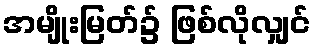
အမျိုးမြတ်၌ ဖြစ်လိုလျှင်